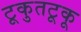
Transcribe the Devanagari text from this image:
टूकुतटूकू